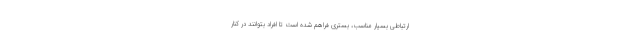
ارتباطی بسیار مناسب، بستری فراهم شده است تا افراد بتوانند در کنار